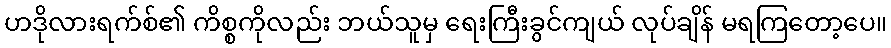
ဟဒိုလားရက်စ်၏ ကိစ္စကိုလည်း ဘယ်သူမှ ရေးကြီးခွင်ကျယ် လုပ်ချိန် မရကြတော့ပေ။